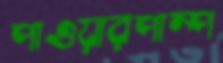
পাওয়ারপাম্প